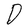
Character: D